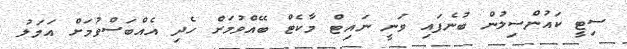
ސިޓީ ކައުންސިލުން ބުނެފައި ވަނީ ނައިޓް މާކެޓް ބޭއްވުމަށް ހެދި އެއްބަސްވުމަށް އަމަލު